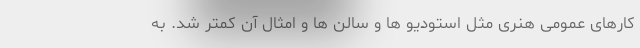
کارهای عمومی هنری مثل استودیو ها و سالن ها و امثال آن کمتر شد. به